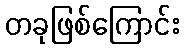
တခုဖြစ်ကြောင်း